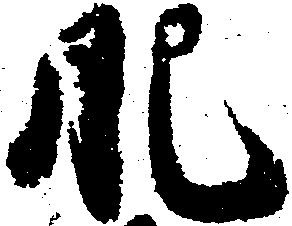
肥